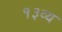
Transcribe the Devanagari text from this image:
१३व्य